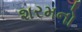
શરમનો